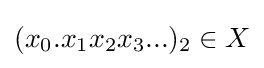
(x_{0}{}.x_{1}{}x_{2}{}x_{3}{}...)_{2}\in {}X